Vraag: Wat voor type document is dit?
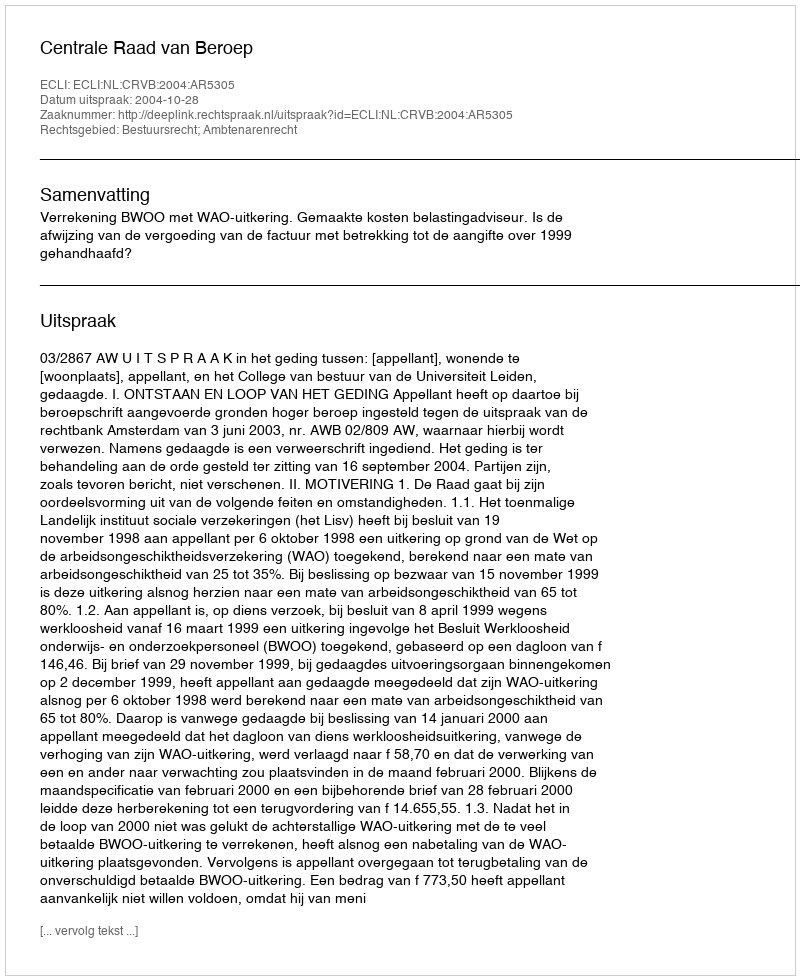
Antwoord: Uitspraak